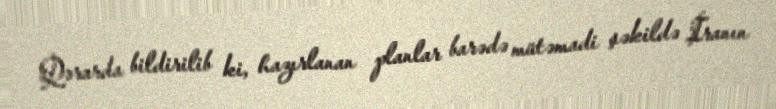
Qərarda bildirilib ki, hazırlanan planlar barədə mütəmadi şəkildə İranın